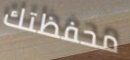
محفظتك